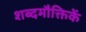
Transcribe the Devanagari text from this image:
शब्दमौक्तिकें